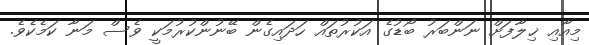
މިއާއި ޚިލާފަށް ނަންބަރު ބޯޑުގެ އަކުރުތައް ހަދައިގެން ބޭނުންކުރުމަކީ ވެސް މަނާ ކަމެކެވެ.